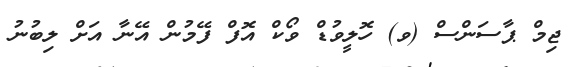
ޖިމް ޕާސަންސް (ވ) ހޮލީވުޑް ވޯކް އޮފް ފޭމުން އޭނާ އަށް ލިބުނު